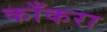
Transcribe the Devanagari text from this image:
काँकरा